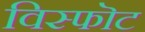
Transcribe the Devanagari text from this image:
विस्फॊट